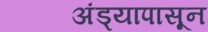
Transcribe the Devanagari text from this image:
अंड्यापासून